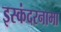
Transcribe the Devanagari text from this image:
इस्कंदरनामा